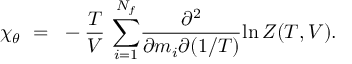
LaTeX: { { \chi } _ { \theta } } ~ = ~ - { \frac { T } { V } } ~ { \sum _ { i = 1 } ^ { N _ { f } } } { \frac { \partial ^ { 2 } } { \partial m _ { i } \partial ( 1 / T ) } } { \ln { \cal { Z } ( T , V ) } } .